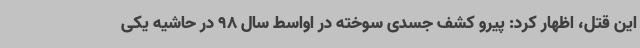
این قتل، اظهار کرد: پیرو کشف جسدی سوخته در اواسط سال 98 در حاشیه یکی